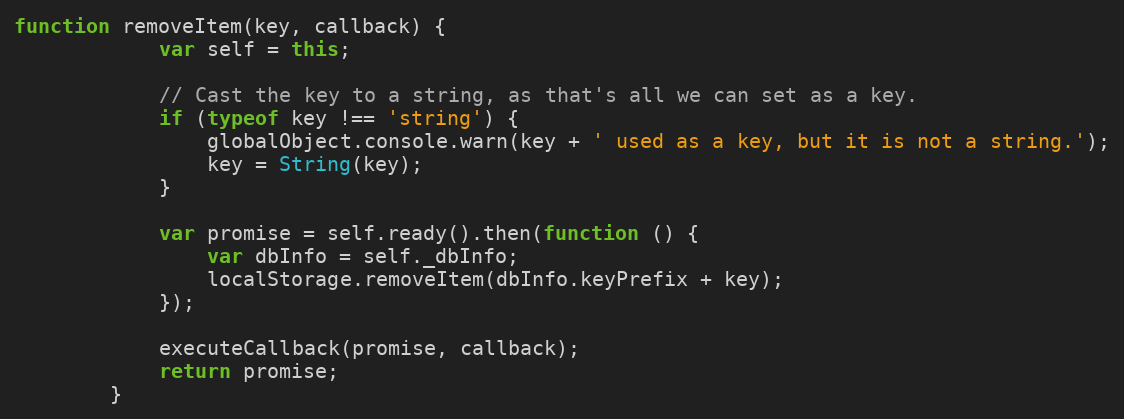
Language: JavaScript
function removeItem(key, callback) {
	        var self = this;

	        // Cast the key to a string, as that's all we can set as a key.
	        if (typeof key !== 'string') {
	            globalObject.console.warn(key + ' used as a key, but it is not a string.');
	            key = String(key);
	        }

	        var promise = self.ready().then(function () {
	            var dbInfo = self._dbInfo;
	            localStorage.removeItem(dbInfo.keyPrefix + key);
	        });

	        executeCallback(promise, callback);
	        return promise;
	    }